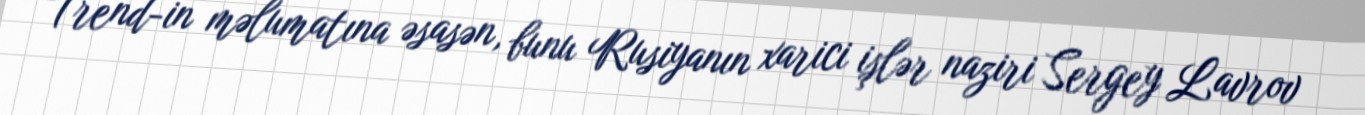
Trend-in məlumatına əsasən, bunu Rusiyanın xarici işlər naziri Sergey Lavrov